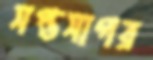
সপ্তসাগর